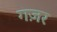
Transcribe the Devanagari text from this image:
गज़र